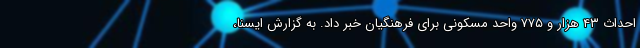
احداث ۴۳ هزار و ۷۷۵ واحد مسکونی برای فرهنگیان خبر داد. به گزارش ایسنا،